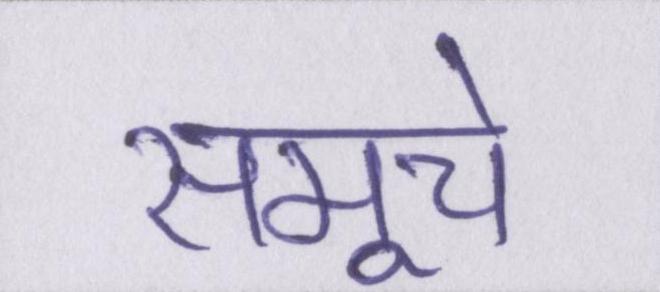
समूचे